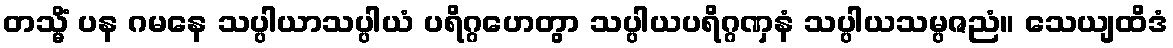
တသ္မိံ ပန ဂမနေ သပ္ပါယာသပ္ပါယံ ပရိဂ္ဂဟေတွာ သပ္ပါယပရိဂ္ဂဏှနံ သပ္ပါယသမ္ပဇညံ။ သေယျထိဒံ